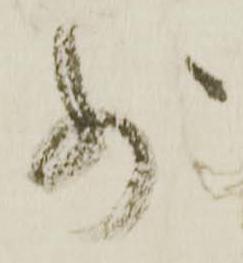
少